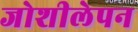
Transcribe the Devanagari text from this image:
जोशीलेपन